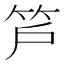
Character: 𥫿